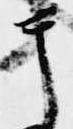
テ